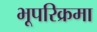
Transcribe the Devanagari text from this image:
भूपरिक्रमा